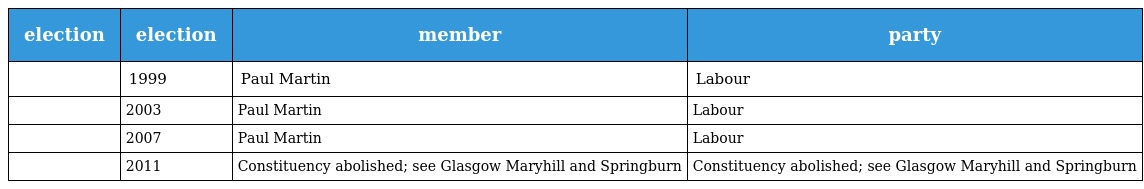
| election | election | member | party |
 | --- | --- | --- | --- |
 |  | 1999 | Paul Martin | Labour |
 |  | 2003 | Paul Martin | Labour |
 |  | 2007 | Paul Martin | Labour |
 |  | 2011 | Constituency abolished; see Glasgow Maryhill and Springburn | Constituency abolished; see Glasgow Maryhill and Springburn |